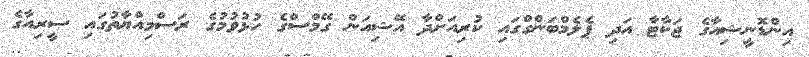
އިންޑޮނީޝިއާގެ ޖަކާޓާ އަދި ޕެލެމްބަންގްގައި ކުރިއަށްދާ އޭޝިއަން ގޭމްސްގެ ހުޅުވުމުގެ ރަސްމިއްޔާތުގައި ސީރިއާގެ